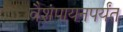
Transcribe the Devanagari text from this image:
वैशंपायनपर्यंत